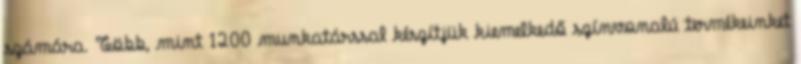
számára. Több, mint 1200 munkatárssal készítjük kiemelkedő színvonalú termékeinket